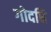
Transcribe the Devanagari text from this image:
गोदधि